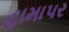
હામાપર